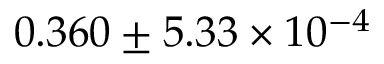
0 . 3 6 0 \pm 5 . 3 3 \times 1 0 ^ { - 4 }